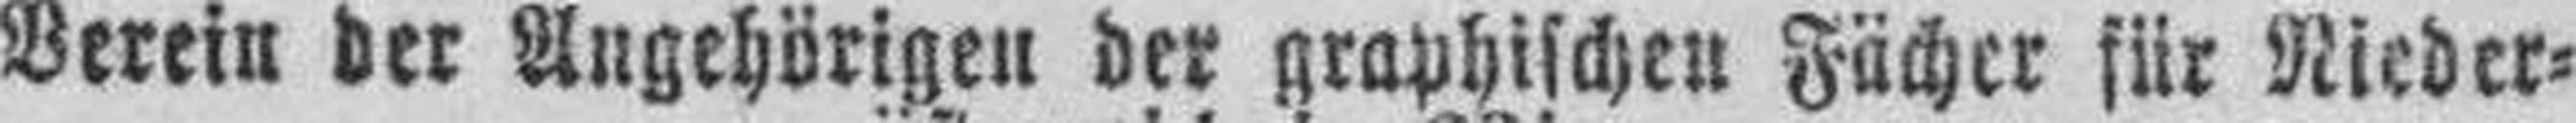
Verein der Angehörigen der graphischen Fächer für Nieder¬